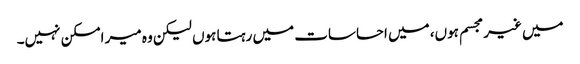
میں غیر مجسم ہوں، میں احساسات میں رہتا ہوں لیکن وہ میر امسکن نہیں۔